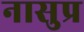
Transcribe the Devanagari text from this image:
नासुप्र